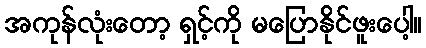
အကုန်လုံးတော့ ရှင့်ကို မပြောနိုင်ဖူးပေါ့။